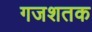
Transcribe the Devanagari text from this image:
गजशतक